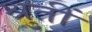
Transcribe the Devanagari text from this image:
श्रुतीं